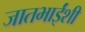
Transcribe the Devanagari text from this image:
जातभाईंशी